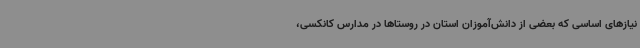
نیازهای اساسی که بعضی از دانش‌آموزان استان در روستاها در مدارس کانکسی،